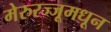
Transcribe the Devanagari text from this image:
मेरुरज्जूमधून